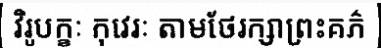
វិរូបក្ខៈ កុវេរៈ តាមថែរក្សាព្រះគភ៌